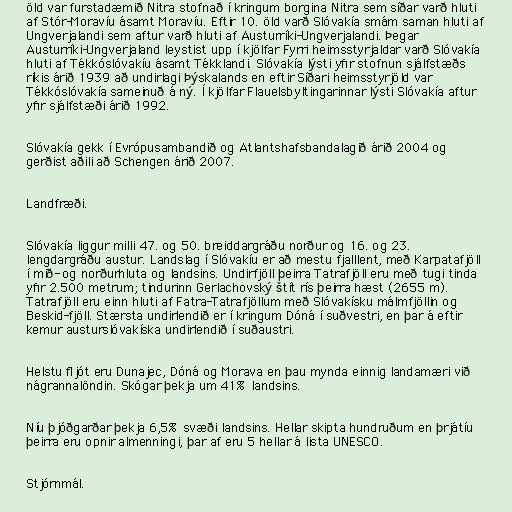
öld var furstadæmið Nitra stofnað í kringum borgina Nitra sem síðar varð hluti
af Stór-Moravíu ásamt Moravíu. Eftir 10. öld varð Slóvakía smám saman hluti af
Ungverjalandi sem aftur varð hluti af Austurríki-Ungverjalandi. Þegar
Austurríki-Ungverjaland leystist upp í kjölfar Fyrri heimsstyrjaldar varð Slóvakía
hluti af Tékkóslóvakíu ásamt Tékklandi. Slóvakía lýsti yfir stofnun sjálfstæðs
ríkis árið 1939 að undirlagi Þýskalands en eftir Síðari heimsstyrjöld var
Tékkóslóvakía sameinuð á ný. Í kjölfar Flauelsbyltingarinnar lýsti Slóvakía aftur
yfir sjálfstæði árið 1992.

Slóvakía gekk í Evrópusambandið og Atlantshafsbandalagið árið 2004 og
gerðist aðili að Schengen árið 2007.

Landfræði.

Slóvakía liggur milli 47. og 50. breiddargráðu norður og 16. og 23.
lengdargráðu austur. Landslag í Slóvakíu er að mestu fjalllent, með Karpatafjöll
í mið- og norðurhluta og landsins. Undirfjöll þeirra Tatrafjöll eru með tugi tinda
yfir 2.500 metrum; tindurinn Gerlachovský štít rís þeirra hæst (2655 m).
Tatrafjöll eru einn hluti af Fatra-Tatrafjöllum með Slóvakísku málmfjöllin og
Beskid-fjöll. Stærsta undirlendið er í kringum Dóná í suðvestri, en þar á eftir
kemur austurslóvakíska undirlendið í suðaustri.

Helstu fljót eru Dunajec, Dóná og Morava en þau mynda einnig landamæri við
nágrannalöndin. Skógar þekja um 41% landsins.

Níu þjóðgarðar þekja 6,5% svæði landsins. Hellar skipta hundruðum en þrjátíu
þeirra eru opnir almenningi, þar af eru 5 hellar á lista UNESCO.

Stjórnmál.